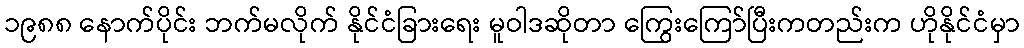
၁၉၈၈ နောက်ပိုင်း ဘက်မလိုက် နိုင်ငံခြားရေး မူဝါဒဆိုတာ ကြွေးကြော်ပြီးကတည်းက ဟိုနိုင်ငံမှာ